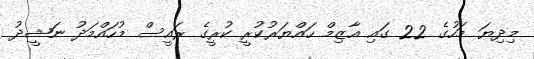
މިދިޔަ މަހުގެ 22 ގައި އާޒިމް ހައްޔަރުކުރީ ކުރީގެ ރައީސް މުހައްމަދު ނަޝީދު